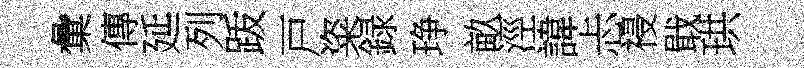
彙傳延列䟦戸粢録琤畝涇諱忐祲戢珙